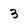
Character: 3